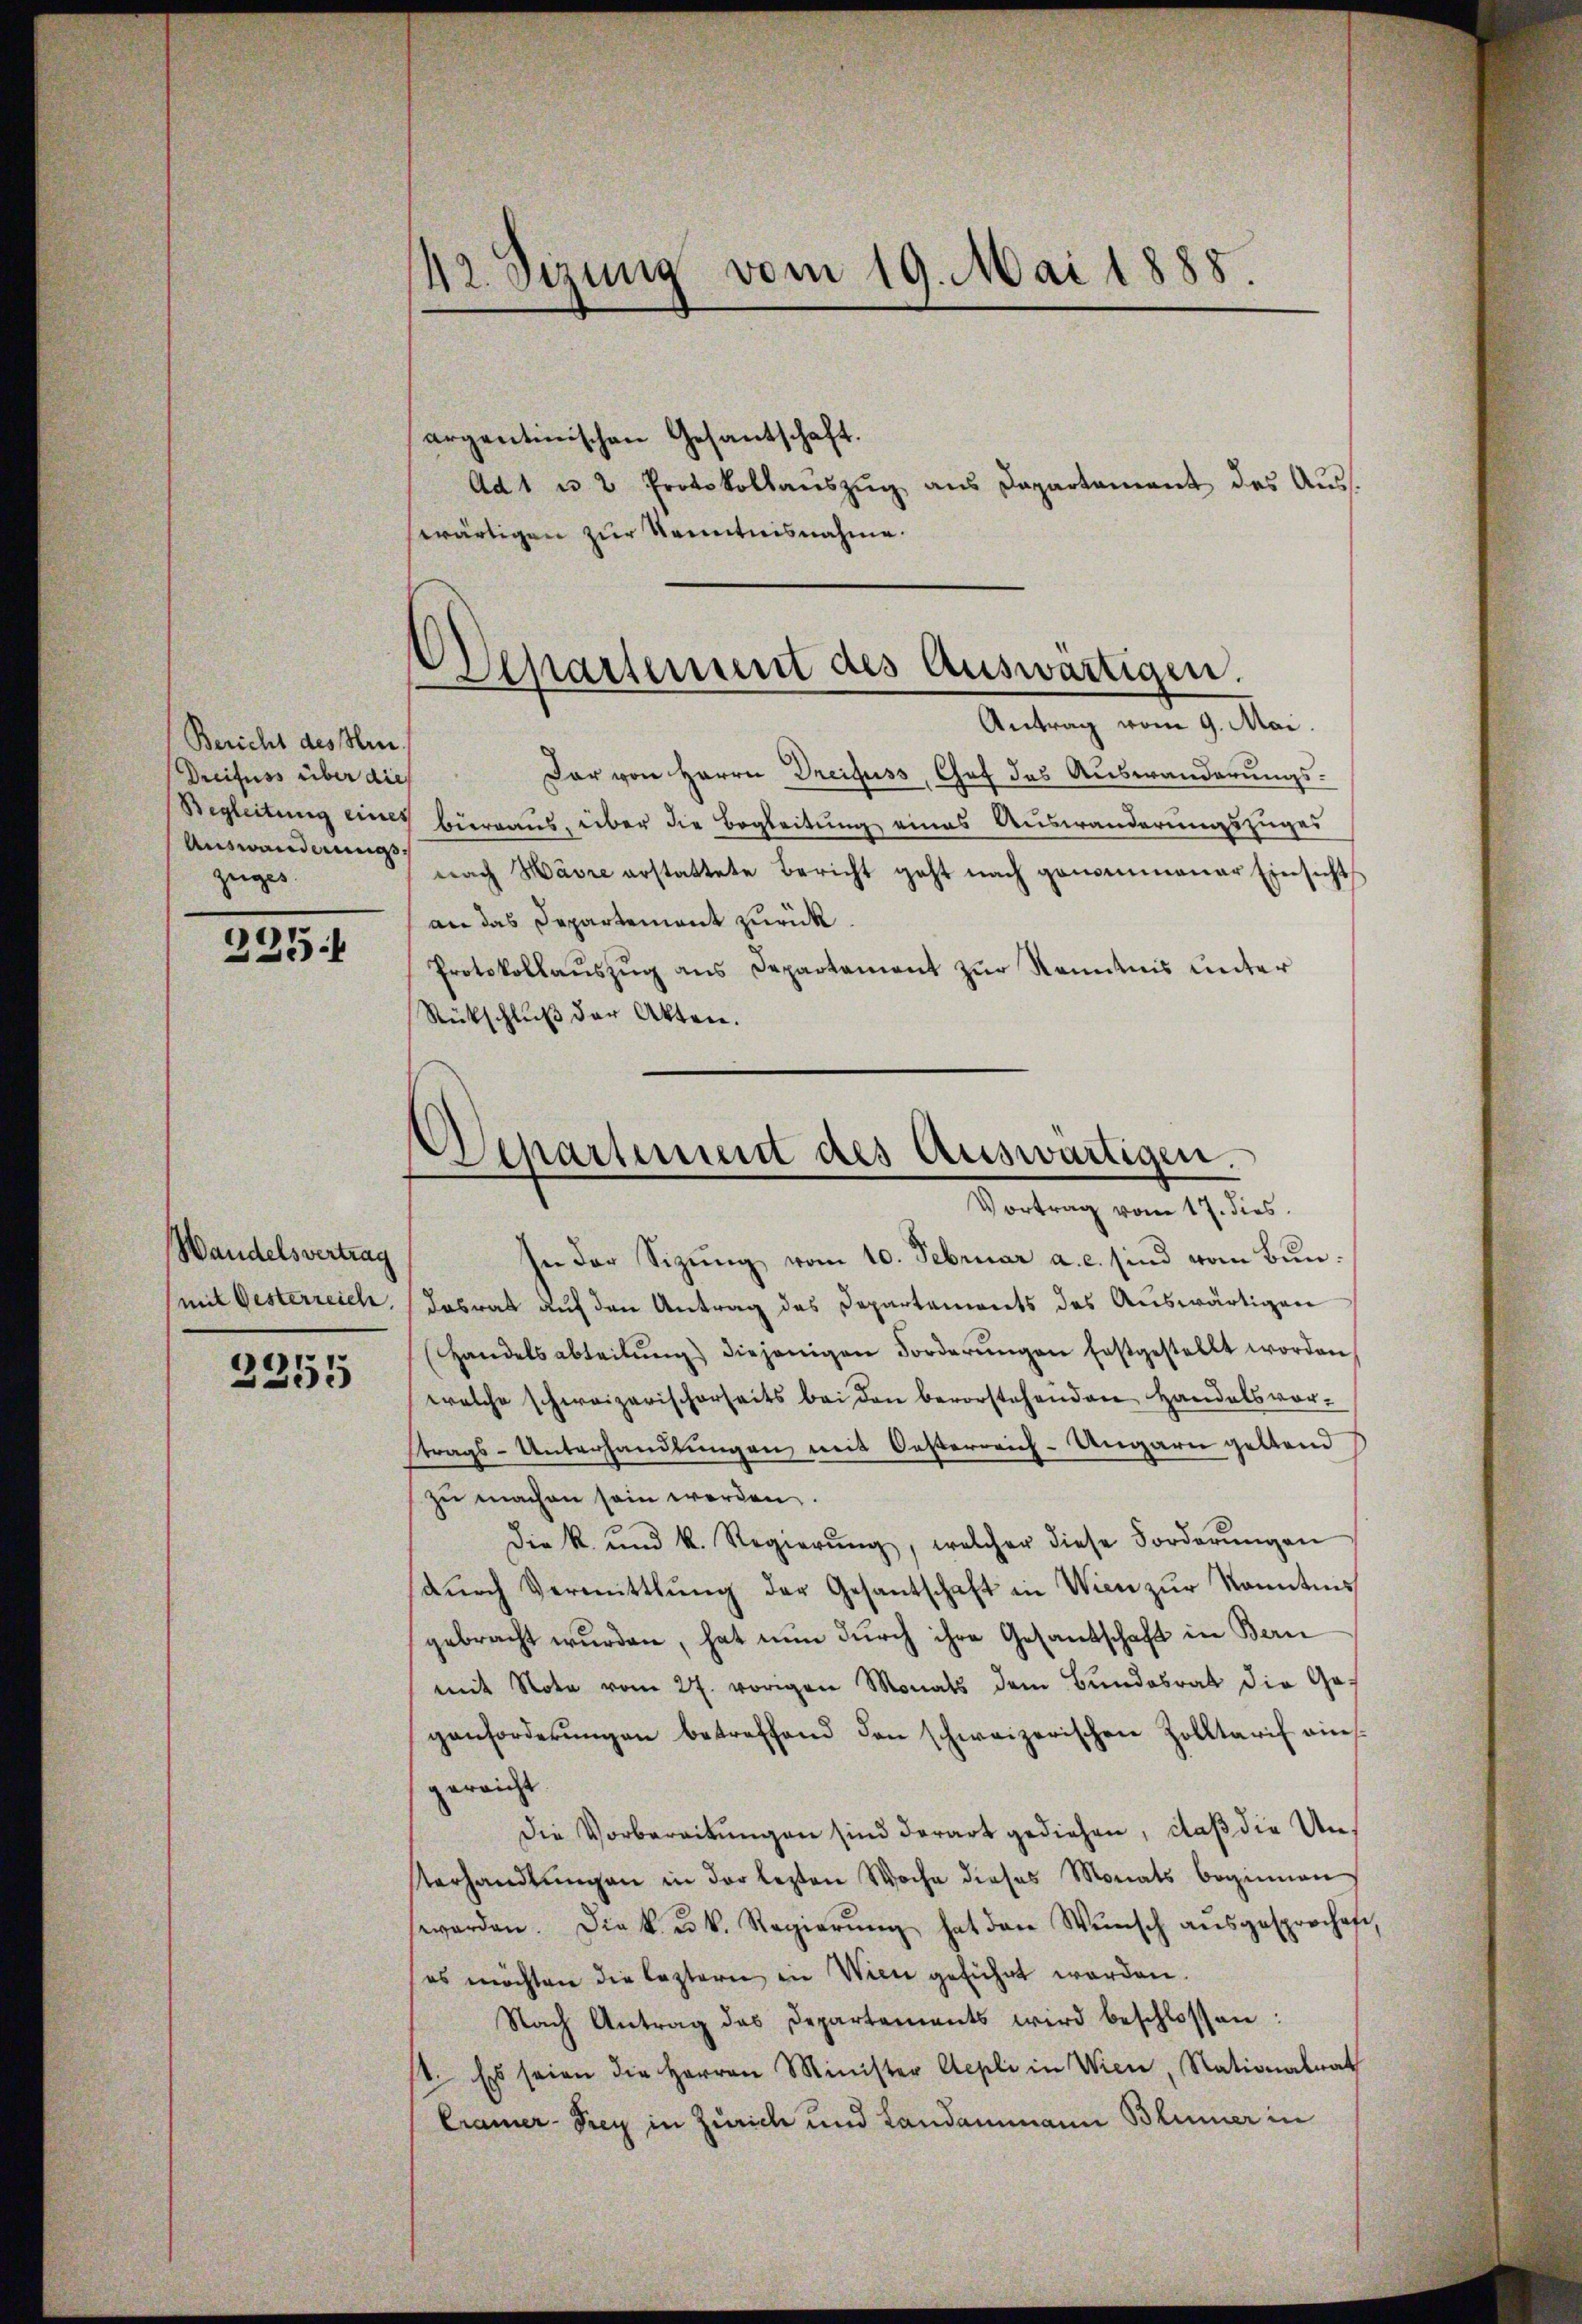
Bericht des Hin
Dreifuss über die
Begleitung eine
Auswanderungs
zeiges

235.

argentinischen Gesantschaft.
Ad 1 u 2 Protokollauszug aus Departement des Auss
swärtigen zur Kenntnisnahme.

Wandelsvertrag
mit Oesterreich.

1
5

42. Sizung vom 19. Mai 1888.

Dar von Herrn Dreifuss, Gof das Auswanderungsd
 Hieraus, über die Begleitung eines Auswanderungszuges
nach Havre erstattete Bericht geht nach genommener Einsicht
an das Departement zurück.
Protokollaŭszŭg ans Departament zŭr Kenntnis ŭnter
Rückschlŭβ der Akten.

Departement des Auswärtigen.
Antrag vom 9. Mai.

Separtement des Auswärtigen.
Vortrag vom 17. dies

In der Sizŭng vom 10. Februar a.c. sind vom Bun¬
Dasrat auf den Antrag des Departements des Auswärtigen
Handelsabteilŭng diejenigen Forderungen festgestellt worden
welche schweizerischerheits bei den bevorstehenden Handelsvor-
strags-Unterhandlungen mit Oesterreich-Ungarn geltend
zŭ machen sein werden.
Die k. und k. Regierŭng, welcher diese Forderŭngen
dŭrch Vermittlung der Gesantschaft in Wien zŭr Kenntnis
gebracht wurden, hat nun durch ihre Gesandschaft in Bern
mit Note vom 27. vorigen Monats dem Bundesrat die Ge-
ganforderŭngen betreffend den schweizerischen Zolltarif ains
gereicht
Die Vorbereitungen sind derart gediehen, daß die Un¬
Verhandlŭngen in der lezten Woche dieses Monats beginnen,
worden. Die k. u. k. Regierŭng hat den Wŭnsch aŭsgesprochete,
es möchten die leztern in Wien geführt worden.
Nach Antrag des Departements wird beschlossen:
st. Es seien die Herren Minister Aepli in Wien, Nationalrat
Cramer-Frey in Zürich und Landammann Blümer in